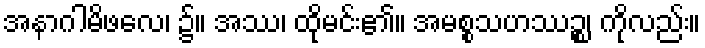
အနာဂါမိဖလေ၊ ၌။ အဿ၊ ထိုမင်း၏။ အမစ္စသဟဿဉ္စ၊ ကိုလည်း။